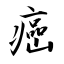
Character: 癌